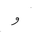
Letter: _waw